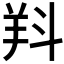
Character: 𣁵